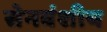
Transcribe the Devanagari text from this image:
सेनवंशीय